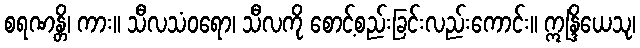
စရဏန္တိ၊ ကား။ သီလသံဝရော၊ သီလကို စောင့်စည်းခြင်းလည်းကောင်း။ ဣန္ဒြိယေသု၊